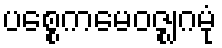
ပစ္စေကမေဝဇ္ဈဂမုံ